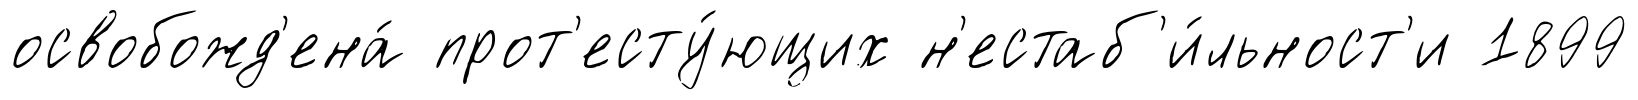
освобожд'ена́ прот'есту́ющих н'естаб'и́льност'и 1899